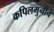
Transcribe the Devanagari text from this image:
कपिलमुनींचे